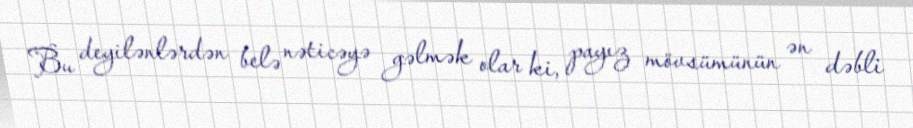
Bu deyilənlərdən belə nəticəyə gəlmək olar ki, payız mövsümünün ən dəbli